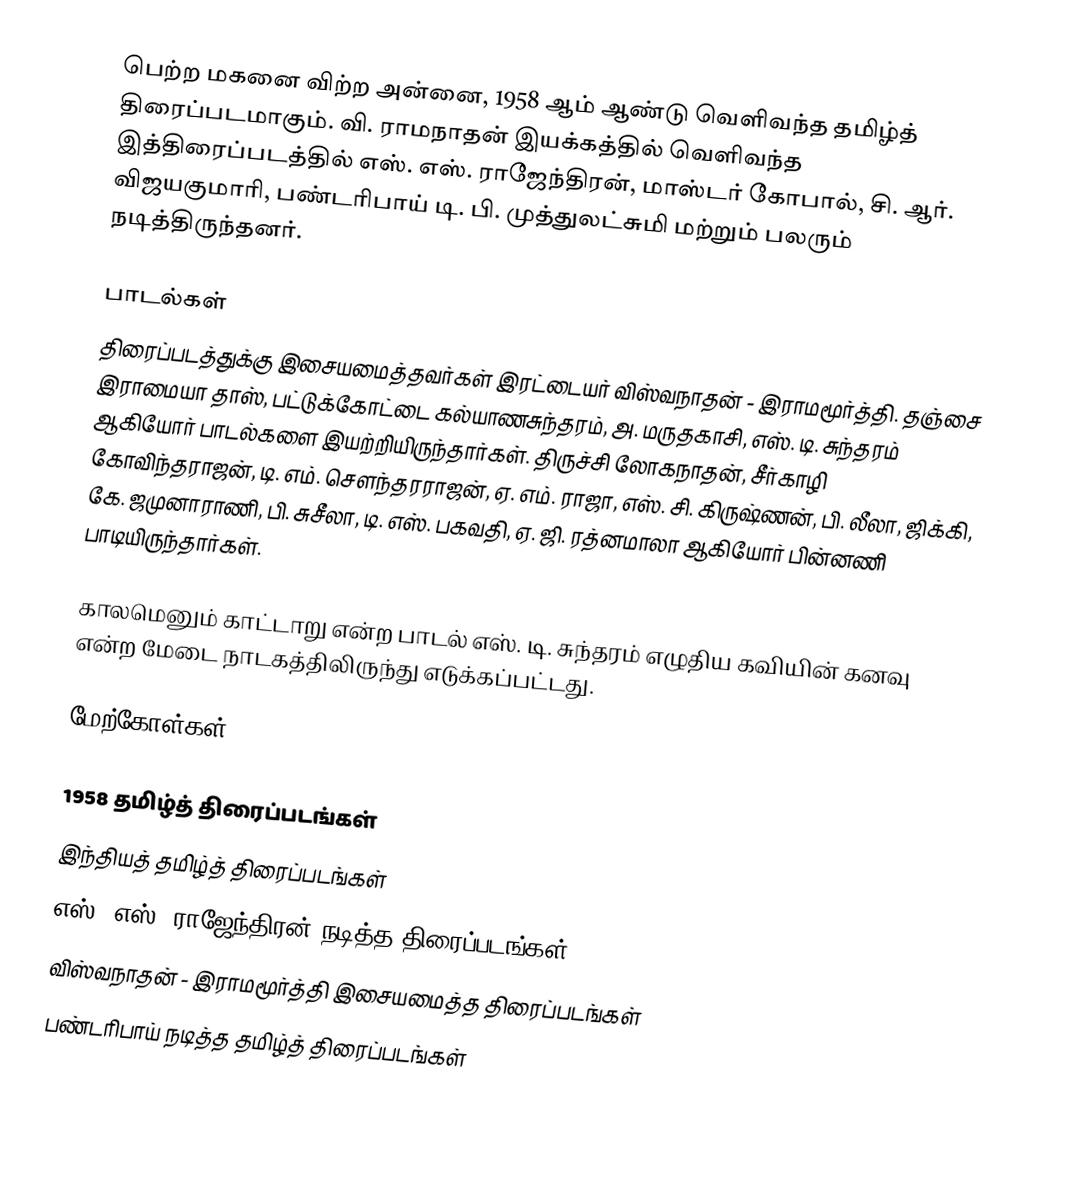
பெற்ற மகனை விற்ற அன்னை, 1958 ஆம் ஆண்டு வெளிவந்த தமிழ்த் திரைப்படமாகும். வி. ராமநாதன் இயக்கத்தில் வெளிவந்த இத்திரைப்படத்தில் எஸ். எஸ். ராஜேந்திரன், மாஸ்டர் கோபால்,  சி. ஆர். விஜயகுமாரி, பண்டரிபாய் டி. பி. முத்துலட்சுமி மற்றும் பலரும் நடித்திருந்தனர்.

பாடல்கள்
திரைப்படத்துக்கு இசையமைத்தவர்கள் இரட்டையர் விஸ்வநாதன் - இராமமூர்த்தி. தஞ்சை இராமையா தாஸ், பட்டுக்கோட்டை கல்யாணசுந்தரம், அ. மருதகாசி, எஸ். டி. சுந்தரம் ஆகியோர் பாடல்களை இயற்றியிருந்தார்கள். திருச்சி லோகநாதன், சீர்காழி கோவிந்தராஜன், டி. எம். சௌந்தரராஜன், ஏ. எம். ராஜா, எஸ். சி. கிருஷ்ணன், பி. லீலா, ஜிக்கி, கே. ஜமுனாராணி, பி. சுசீலா, டி. எஸ். பகவதி, ஏ. ஜி. ரத்னமாலா ஆகியோர் பின்னணி பாடியிருந்தார்கள்.

காலமெனும் காட்டாறு என்ற பாடல் எஸ். டி. சுந்தரம் எழுதிய கவியின் கனவு என்ற மேடை நாடகத்திலிருந்து எடுக்கப்பட்டது.

மேற்கோள்கள்

1958 தமிழ்த் திரைப்படங்கள்
இந்தியத் தமிழ்த் திரைப்படங்கள்
எஸ். எஸ். ராஜேந்திரன் நடித்த திரைப்படங்கள்
விஸ்வநாதன் - இராமமூர்த்தி இசையமைத்த திரைப்படங்கள்
பண்டரிபாய் நடித்த தமிழ்த் திரைப்படங்கள்